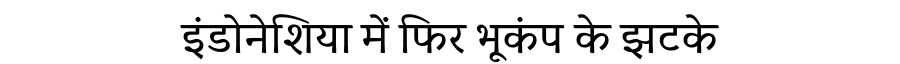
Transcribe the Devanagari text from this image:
इंडोनेशिया में फिर भूकंप के झटके